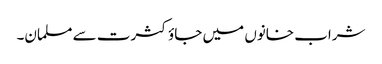
شراب خانوں میں جاؤ کثرت سے مسلمان۔